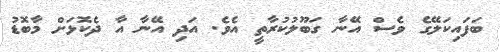
ބަފައިކަލޭގެ ވެސް އޭނާ ގަބޫލުކުރާތީ އެވެ. އަދި އޭނާ އާ ދެކޮޅަށް މާބޮޑު